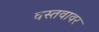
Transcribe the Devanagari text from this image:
वस्तवावर